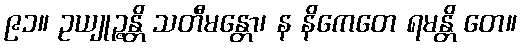
၉၁။ ဥယျုဉ္ဇန္တိ သတီမန္တော၊ န နိကေတေ ရမန္တိ တေ။